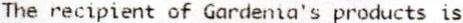
THE RECIPIENT OF GARDENIA'S PRODUCTS IS